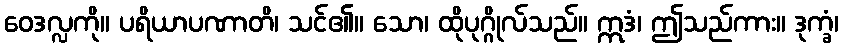
ဝေဒလ္လကို။ ပရိယာပဏာတိ၊ သင်၏။ သော၊ ထိုပုဂ္ဂိုလ်သည်။ ဣဒံ၊ ဤသည်ကား။ ဒုက္ခံ၊